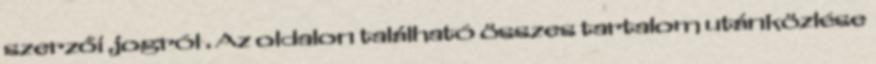
szerzői jogról . Az oldalon található összes tartalom utánközlése